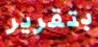
بتقرير